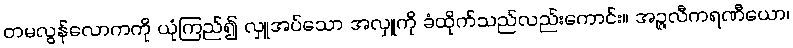
တမလွန်လောကကို ယုံကြည်၍ လှူအပ်သော အလှူကို ခံထိုက်သည်လည်းကောင်း။ အဉ္ဇလီကရဏီယော၊